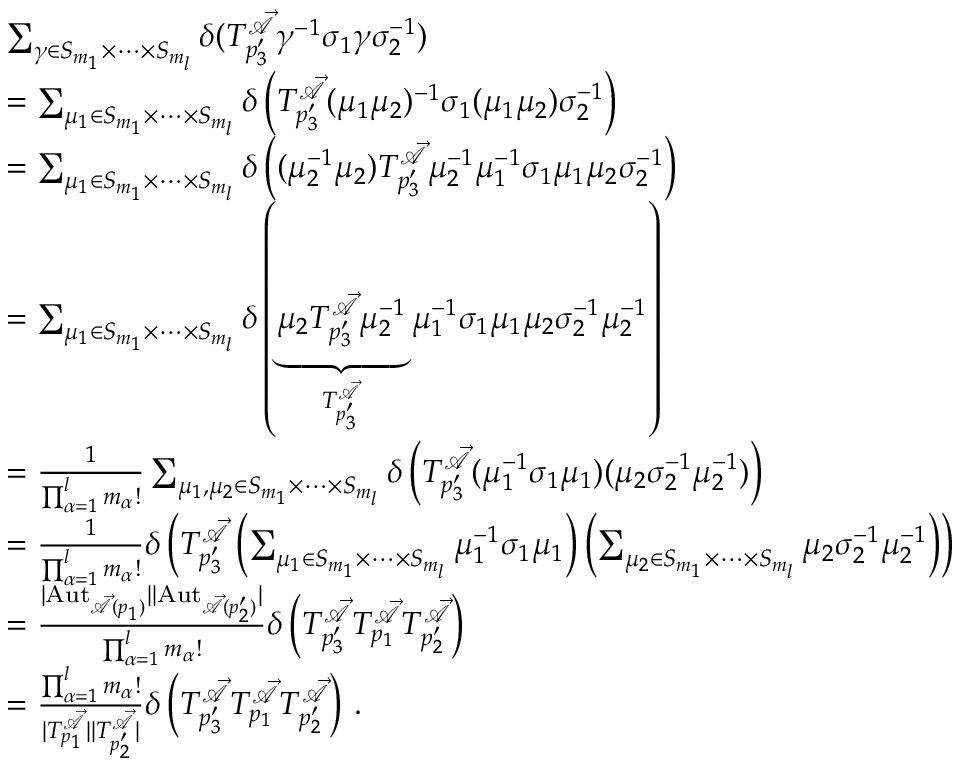
\begin{array} { r l } & { \sum _ { \gamma \in S _ { m _ { 1 } } \times \dots \times S _ { m _ { l } } } \delta ( T _ { p _ { 3 } ^ { \prime } } ^ { \mathcal { \vec { A } } } \gamma ^ { - 1 } \sigma _ { 1 } \gamma \sigma _ { 2 } ^ { - 1 } ) } \\ & { = \sum _ { \mu _ { 1 } \in S _ { m _ { 1 } } \times \dots \times S _ { m _ { l } } } \delta \left( T _ { p _ { 3 } ^ { \prime } } ^ { \mathcal { \vec { A } } } ( \mu _ { 1 } \mu _ { 2 } ) ^ { - 1 } \sigma _ { 1 } ( \mu _ { 1 } \mu _ { 2 } ) \sigma _ { 2 } ^ { - 1 } \right) } \\ & { = \sum _ { \mu _ { 1 } \in S _ { m _ { 1 } } \times \dots \times S _ { m _ { l } } } \delta \left( ( \mu _ { 2 } ^ { - 1 } \mu _ { 2 } ) T _ { p _ { 3 } ^ { \prime } } ^ { \mathcal { \vec { A } } } \mu _ { 2 } ^ { - 1 } \mu _ { 1 } ^ { - 1 } \sigma _ { 1 } \mu _ { 1 } \mu _ { 2 } \sigma _ { 2 } ^ { - 1 } \right) } \\ & { = \sum _ { \mu _ { 1 } \in S _ { m _ { 1 } } \times \dots \times S _ { m _ { l } } } \delta \left( \underbrace { \mu _ { 2 } T _ { p _ { 3 } ^ { \prime } } ^ { \mathcal { \vec { A } } } \mu _ { 2 } ^ { - 1 } } _ { T _ { p _ { 3 } ^ { \prime } } ^ { \mathcal { \vec { A } } } } \mu _ { 1 } ^ { - 1 } \sigma _ { 1 } \mu _ { 1 } \mu _ { 2 } \sigma _ { 2 } ^ { - 1 } \mu _ { 2 } ^ { - 1 } \right) } \\ & { = \frac { 1 } { \prod _ { \alpha = 1 } ^ { l } m _ { \alpha } ! } \sum _ { \mu _ { 1 } , \mu _ { 2 } \in S _ { m _ { 1 } } \times \dots \times S _ { m _ { l } } } \delta \left( T _ { p _ { 3 } ^ { \prime } } ^ { \mathcal { \vec { A } } } ( \mu _ { 1 } ^ { - 1 } \sigma _ { 1 } \mu _ { 1 } ) ( \mu _ { 2 } \sigma _ { 2 } ^ { - 1 } \mu _ { 2 } ^ { - 1 } ) \right) } \\ & { = \frac { 1 } { \prod _ { \alpha = 1 } ^ { l } m _ { \alpha } ! } \delta \left( T _ { p _ { 3 } ^ { \prime } } ^ { \mathcal { \vec { A } } } \left( \sum _ { \mu _ { 1 } \in S _ { m _ { 1 } } \times \dots \times S _ { m _ { l } } } \mu _ { 1 } ^ { - 1 } \sigma _ { 1 } \mu _ { 1 } \right) \left( \sum _ { \mu _ { 2 } \in S _ { m _ { 1 } } \times \dots \times S _ { m _ { l } } } \mu _ { 2 } \sigma _ { 2 } ^ { - 1 } \mu _ { 2 } ^ { - 1 } \right) \right) } \\ & { = \frac { | \mathrm { A u t } _ { \mathcal { \vec { A } } ( p _ { 1 } ) } | | \mathrm { A u t } _ { \mathcal { \vec { A } } ( p _ { 2 } ^ { \prime } ) } | } { \prod _ { \alpha = 1 } ^ { l } m _ { \alpha } ! } \delta \left( T _ { p _ { 3 } ^ { \prime } } ^ { \mathcal { \vec { A } } } T _ { p _ { 1 } } ^ { \mathcal { \vec { A } } } T _ { p _ { 2 } ^ { \prime } } ^ { \mathcal { \vec { A } } } \right) } \\ & { = \frac { \prod _ { \alpha = 1 } ^ { l } m _ { \alpha } ! } { | T _ { p _ { 1 } } ^ { \mathcal { \vec { A } } } | | T _ { p _ { 2 } ^ { \prime } } ^ { \mathcal { \vec { A } } } | } \delta \left( T _ { p _ { 3 } ^ { \prime } } ^ { \mathcal { \vec { A } } } T _ { p _ { 1 } } ^ { \mathcal { \vec { A } } } T _ { p _ { 2 } ^ { \prime } } ^ { \mathcal { \vec { A } } } \right) \, . } \end{array}